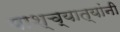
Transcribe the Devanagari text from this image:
पाश्च्यात्यांनी